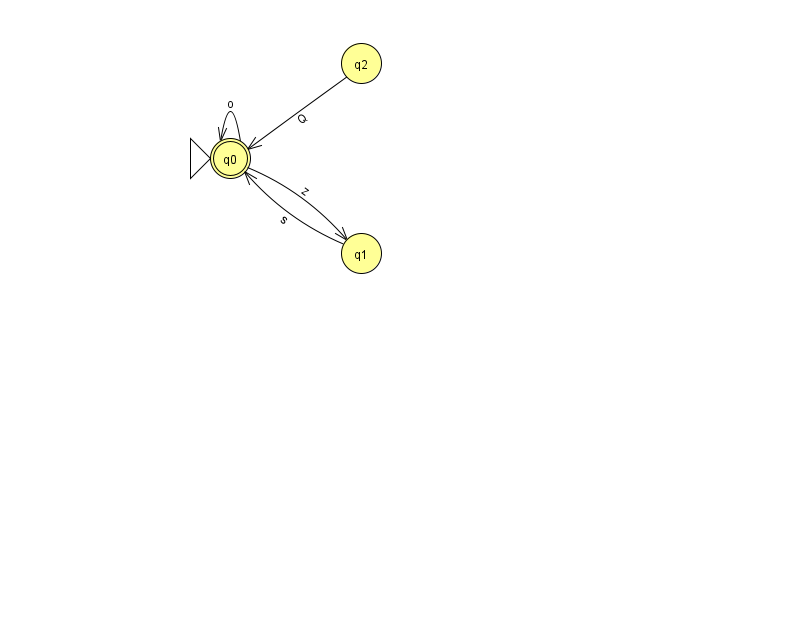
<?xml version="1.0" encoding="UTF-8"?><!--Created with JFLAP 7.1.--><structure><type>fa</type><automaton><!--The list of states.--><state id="0" name="q0"><x>230.0</x><y>145.0</y><initial/><final/></state><state id="1" name="q1"><x>361.0</x><y>240.0</y></state><state id="2" name="q2"><x>361.0</x><y>50.0</y></state><!--The list of transitions.--><transition><from>1</from><to>0</to><read>s</read></transition><transition><from>0</from><to>1</to><read>z</read></transition><transition><from>2</from><to>0</to><read>Q</read></transition><transition><from>0</from><to>0</to><read>o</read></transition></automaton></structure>